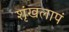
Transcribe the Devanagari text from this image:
शृंखलापं